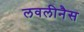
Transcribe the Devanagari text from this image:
लवलीनैस